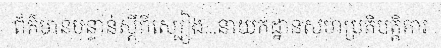
ព័ត៌មានបន្ទាន់ស្តីពីស្បៀង...នាយកដ្ឋានសហប្រតិបត្តិការ